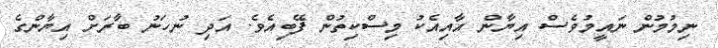
ނިމުމުން ނައީމުވެސް އިޔާން އާއިއެކު މިސްކިތުން ފޭބިއެވެ. އަދި ނުހަނު ބާރަށް އިޔާންގެ